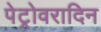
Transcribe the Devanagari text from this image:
पेट्रोवरादिन